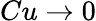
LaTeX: Cu\to 0